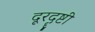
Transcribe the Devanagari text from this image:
दूरदॄष्टी